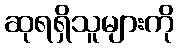
ဆုရရှိသူများကို